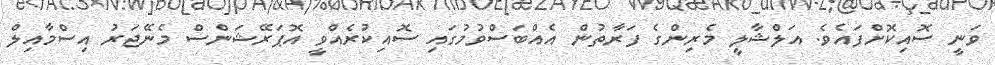
ވަނީ ސޮއިކޮށްފައެވެ. އަލްޝާލީ މެރިންގެ ފަރާތުން އެއްބަސްވުމުގައި ސޮއިކުރެއްވީ އޮޕަރޭޝަންސް މެނޭޖަރު އިސްމާއިލް